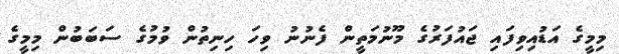
މިމީގެ އަޑުއިވިފައި ޖައުފަރުގެ މޫނުމަތީން ފެނުނު ވިހަ ހިނިތުން ވުމުގެ ސަބަބުން މިމީގެ